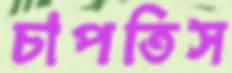
চাপতিস